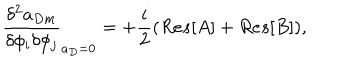
\frac { \delta ^ { 2 } a _ { D m } } { \delta \phi _ { i } \delta \phi _ { j } } _ { a _ { D } = 0 } = + \frac { i } { 2 } ( R e s [ A ] + R e s [ B ] ) ,